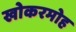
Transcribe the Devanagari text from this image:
खोकरमोह